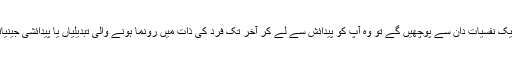
اس سوال کا جواب آپ ایک نفسیات دان سے پوچھیں گے تو وہ آپ کو پیدائش سے لے کر آخر تک فرد کی ذات میں رونما ہونے والی تبدیلیاں یا پیدائشی جینیاتی اثرات بیان کرے گا۔